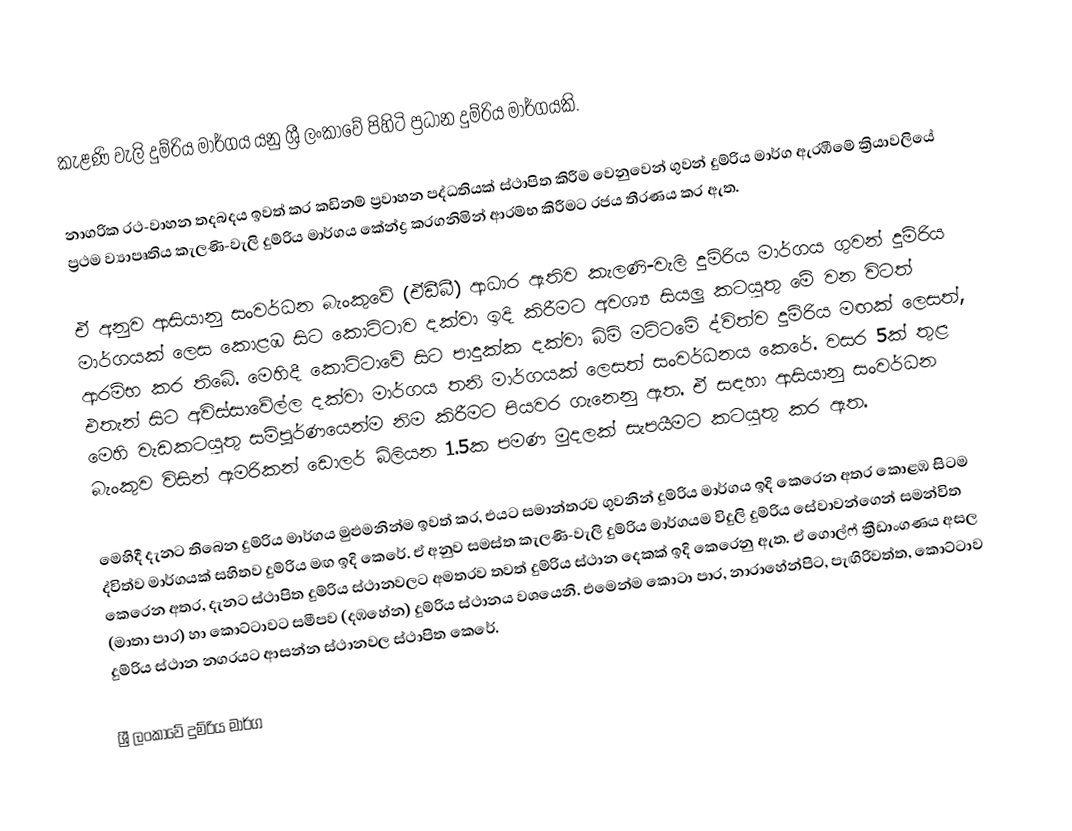
කැළණි වැලි දුම්රිය මාර්ගය යනු ශ්‍රී ලංකාවේ පිහිටි ප්‍රධාන දුම්රිය මාර්ගයකි.

නාග­රික රථ-වාහන තද­බ­දය ඉවත් කර කඩි­නම් ප්‍රවා­හන පද්ධ­ති­යක් ස්ථාපිත කිරීම වෙනු­වෙන් ගුවන් දුම්රිය මාර්ග ඇර­ඹීමේ ක්‍රියා­ව­ලියේ ප්‍රථම ව්‍යාපෘ­තිය කැලණි-වැලි දුම්රිය මාර්ගය කේන්ද්‍ර කර­ග­නි­මින් ආරම්භ කිරී­මට රජය තීර­ණය කර ඇත.

ඒ අනුව ආසි­යානු සංව­ර්ධන බැංකුවේ (ඒඩීබී) ආධාර ඇතිව කැලණි-වැලි දුම්රිය මාර්ගය ගුවන් දුම්රිය මාර්ග­යක් ලෙස කොළඹ සිට කොට්ටාව දක්වා ඉදි කිරී­මට අවශ්‍ය සියලු කට­යුතු මේ වන විටත් ආරම්භ කර තිබේ. මෙහිදී කොට්ටාවේ සිට පාදුක්ක දක්වා බිම් මට්ටමේ ද්විත්ව දුම්රිය මඟක් ලෙසත්, එතැන් සිට අවි­ස්සා­වේල්ල දක්වා මාර්ගය තනි මාර්ග­යක් ලෙසත් සංව­ර්ධ­නය කෙරේ. වසර 5ක් තුළ මෙහි වැඩ­ක­ට­යුතු සම්පූ­ර්ණ­යෙන්ම නිම කිරී­මට පිය­වර ගැනෙනු ඇත. ඒ සඳහා ආසි­යානු සංව­ර්ධන බැංකුව විසින් ඇම­රි­කන් ඩොලර් බිලි­යන 1.5ක පමණ මුද­ලක් සැප­යී­මට කට­යුතු කර ඇත.

මෙහිදී දැනට තිබෙන දුම්රිය මාර්ගය මුළු­ම­නින්ම ඉවත් කර, එයට සමා­න්ත­රව ගුව­නින් දුම්රිය මාර්ගය ඉදි කෙරෙන අතර කොළඹ සිටම ද්විත්ව මාර්ග­යක් සහි­තව දුම්රිය මඟ ඉදි කෙරේ. ඒ අනුව සමස්ත කැලණි-වැලි දුම්රිය මාර්ග­යම විදුලි දුම්රිය සේවා­ව­න්ගෙන් සම­න්විත කෙරෙන අතර, දැනට ස්ථාපිත දුම්රිය ස්ථාන­ව­ලට අම­ත­රව තවත් දුම්රිය ස්ථාන දෙකක් ඉදි කෙරෙනු ඇත. ඒ ගොල්ෆ් ක්‍රීඩාං­ග­ණය අසල (මාතා පාර) හා කොට්ටා­වට සමී­පව (දඹ­හේන) දුම්රිය ස්ථානය වශ­යෙනි. එමෙන්ම කොටා පාර, නාරා­හේ­න්පිට, පැඟි­රි­වත්ත, කොට්ටාව දුම්රිය ස්ථාන නග­ර­යට ආසන්න ස්ථාන­වල ස්ථාපිත කෙරේ.

ශ්‍රී ලංකාවේ දුම්රිය මාර්ග